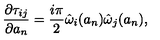
{ \frac { \partial \tau _ { i j } } { \partial a _ { n } } } = { \frac { i \pi } { 2 } } \hat { \omega } _ { i } ( a _ { n } ) \hat { \omega } _ { j } ( a _ { n } ) ,